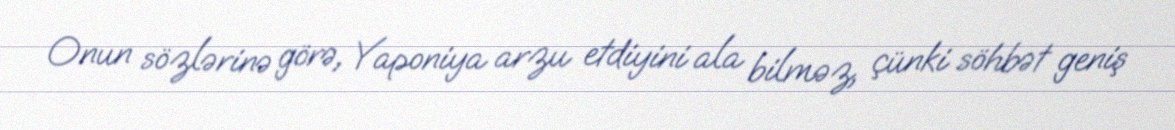
Onun sözlərinə görə, Yaponiya arzu etdiyini ala bilməz, çünki söhbət geniş